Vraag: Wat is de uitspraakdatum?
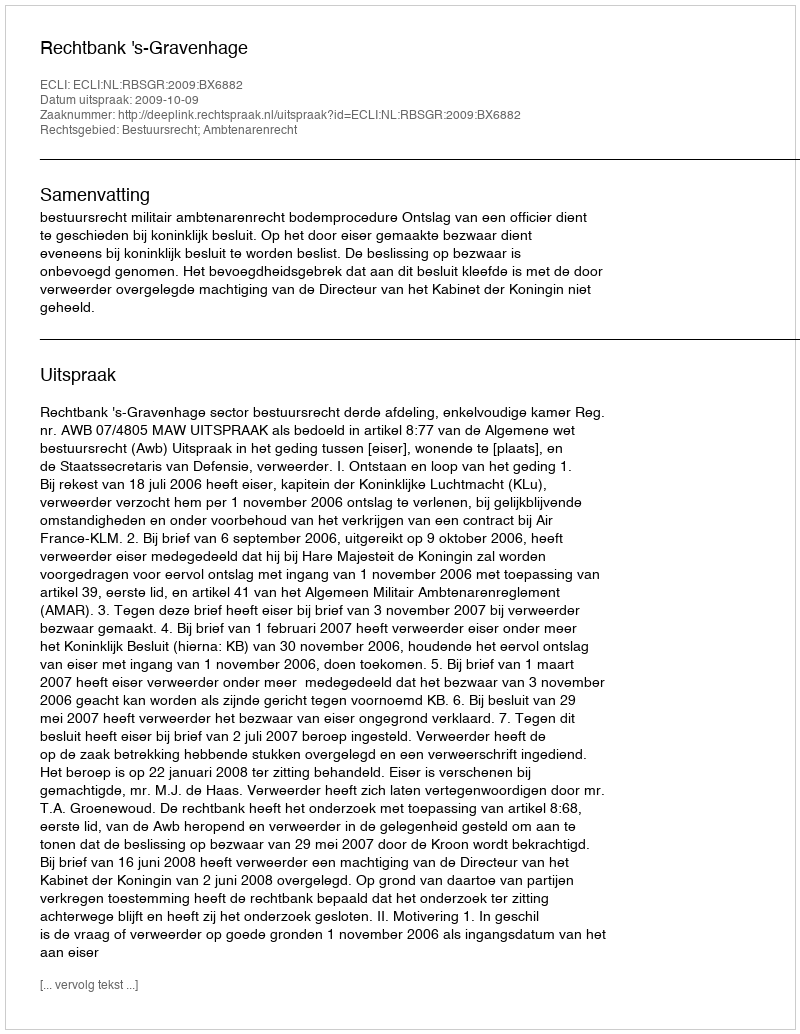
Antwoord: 2009-10-09